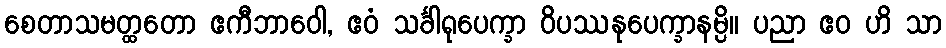
စေတာသမတ္ထတော ဧကီဘာဝေါ, ဧဝံ သင်္ခါရုပေက္ခာ ဝိပဿနုပေက္ခာနမ္ပိ။ ပညာ ဧဝ ဟိ သာ